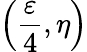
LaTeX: \left(\frac{\varepsilon}{4},\eta\right)